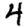
Digit: 4